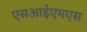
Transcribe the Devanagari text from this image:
एसआईएमएस